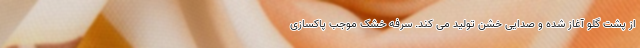
از پشت گلو آغاز شده و صدایی خشن تولید می کند. سرفه خشک موجب پاکسازی